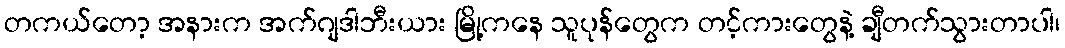
တကယ်တော့ အနားက အက်ဂျဒါဘီးယား မြို့ကနေ သူပုန်တွေက တင့်ကားတွေနဲ့ ချီတက်သွားတာပါ၊